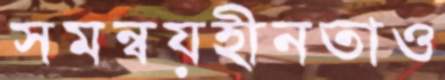
সমন্বয়হীনতাও